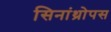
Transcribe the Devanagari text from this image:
सिनांथ्रोपस